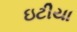
ઇટીયા